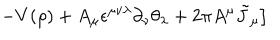
\left. - V ( \rho ) + A _ { \mu } \epsilon ^ { \mu \nu \lambda } \partial _ { \nu } \theta _ { \lambda } + 2 \pi A ^ { \mu } { \tilde { J } } _ { \mu } \right]